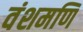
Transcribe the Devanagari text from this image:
वंशमणि